Insane asylums Bombay 1873-77 - 1873-1877
Year: 1873
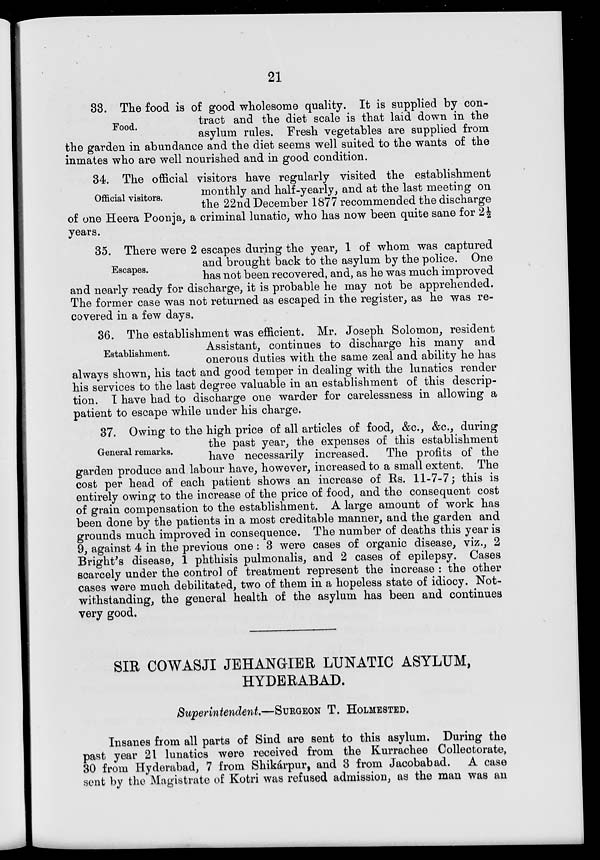
21
Food.
33. The food is of good wholesome quality. It is supplied by con-
tract and the diet scale is that laid down in the
asylum rules. Fresh vegetables are supplied from
the garden in abundance and the diet seems well suited to the wants of the
inmates who are well nourished and in good condition.
Official visitors.
34. The official visitors have regularly visited the establishment
monthly and half-yearly, and at the last meeting on
the 22nd December 1877 recommended the discharge
of one Heera Poonja, a criminal lunatic, who has now been quite sane for 21/2
years.
Escapes.
35. There were 2 escapes during the year, 1 of whom was captured
and brought back to the asylum by the police. One
has not been recovered, and, as he was much improved
and nearly ready for discharge, it is probable he may not be apprehended.
The former case was not returned as escaped in the register, as he was re-
covered in a few days.
Establishment.
36. The establishment was efficient. Mr. Joseph Solomon, resident
Assistant, continues to discharge his many and
onerous duties with the same zeal and ability he has
always shown, his tact and good temper in dealing with the lunatics render
his services to the last degree valuable in an establishment of this descrip-
tion. I have had to discharge one warder for carelessness in allowing a
patient to escape while under his charge.
General remarks.
37. Owing to the high price of all articles of food, &c., &c., during
the past year, the expenses of this establishment
have necessarily increased.
The profits of the
garden produce and labour have, however, increased to a small extent. The
cost per head of each patient shows an increase of Rs. 11-7-7; this is
entirely owing to the increase of the price of food, and the consequent cost
of grain compensation to the establishment. A large amount of work has
been done by the patients in a most creditable manner, and the garden and
grounds much improved in consequence. The number of deaths this year is
9, against 4 in the previous one: 3 were cases of organic disease, viz., 2
Bright's disease, 1 phthisis pulmonalis, and 2 cases of epilepsy. Cases
scarcely under the control of treatment represent the increase : the other
cases were much debilitated, two of them in a hopeless state of idiocy. Not-
withstanding, the general health of the asylum has been and continues
very good.
SIR COWASJI JEHANGIER LUNATIC ASYLUM,
HYDERABAD.
Superintendent.—SURGEON T. HOLMESTED.
Insanes from all parts of Sind are sent to this asylum. During the
past year 21 lunatics were received from the Kurrachee Collectorate,
30 from Hyderabad, 7 from Shikárpur, and 3 from Jacobabad.
A case
sent by the Magistrate of Kotri was refused admission, as the man was an